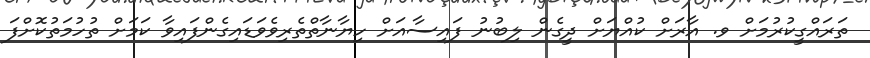
ތަރައްގީކުރުމަށް ވ. އާރަށް ކުއްޔަށް ދީގެން ލިބުނު ފައިސާއަށް ހިޔާނާތްތެރިވެވަޑައިގެންފައިވާ ކަމަށް ތުހުމަތުކޮށްފަ